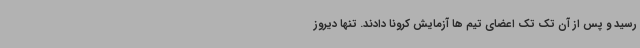
رسید و پس از آن تک تک اعضای تیم ها آزمایش کرونا دادند. تنها دیروز